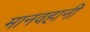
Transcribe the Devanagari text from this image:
मानवहानी